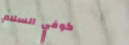
كوفي السلام